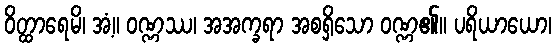
ဝိတ္ထာရေမိ၊ အံ့။ ဝဏ္ဏဿ၊ အအက္ခရာ အစရှိသော ဝဏ္ဏ၏။ ပရိယာယော၊